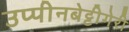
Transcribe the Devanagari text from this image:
उप्पीनबेट्टीगेरी